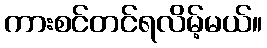
ကားစင်တင်ရလိမ့်မယ်။